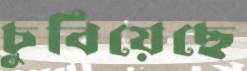
চুবিয়েছে